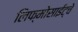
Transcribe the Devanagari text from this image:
लिफ्मोसाईट्चे